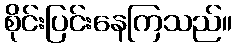
စိုင်းပြင်းနေကြသည်။